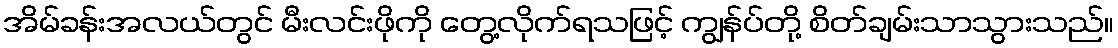
အိမ်ခန်းအလယ်တွင် မီးလင်းဖိုကို တွေ့လိုက်ရသဖြင့် ကျွန်ပ်တို့ စိတ်ချမ်းသာသွားသည်။